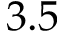
3 . 5